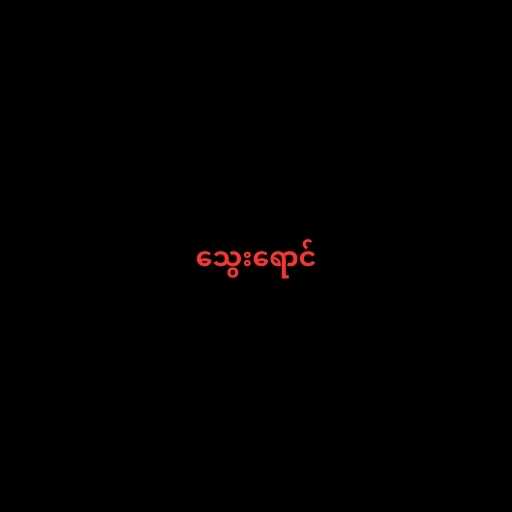
သွေးရောင်